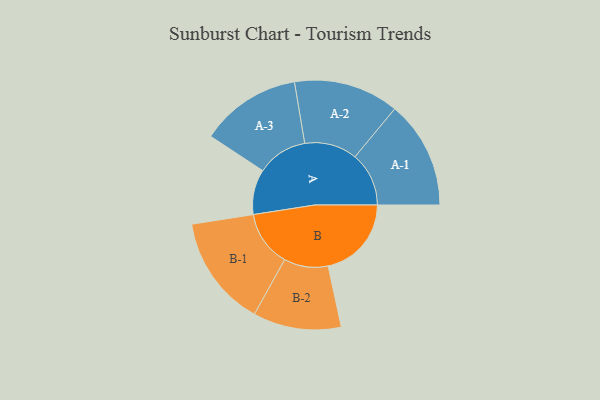
{"axis": {"x": "Segment", "y": "Value"}, "legend": ["", "A", "B"], "data": [{"x": "A", "y": 212, "type": ""}, {"x": "B", "y": 391, "type": ""}, {"x": "A-1", "y": 253, "type": "A"}, {"x": "A-2", "y": 247, "type": "A"}, {"x": "A-3", "y": 237, "type": "A"}, {"x": "B-1", "y": 262, "type": "B"}, {"x": "B-2", "y": 207, "type": "B"}]}